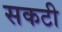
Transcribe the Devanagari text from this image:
सकटी